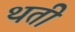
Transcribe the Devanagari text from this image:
थती